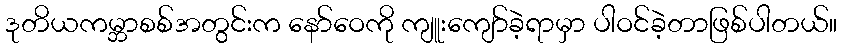
ဒုတိယကမ္ဘာစစ်အတွင်းက နော်ဝေကို ကျူးကျော်ခဲ့ရာမှာ ပါဝင်ခဲ့တာဖြစ်ပါတယ်။